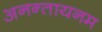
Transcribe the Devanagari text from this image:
अनन्तायनम